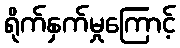
ရိုက်နှက်မှုကြောင့်